Sketch of the medical history of the native army of Bombay, for the year
Year: 1876
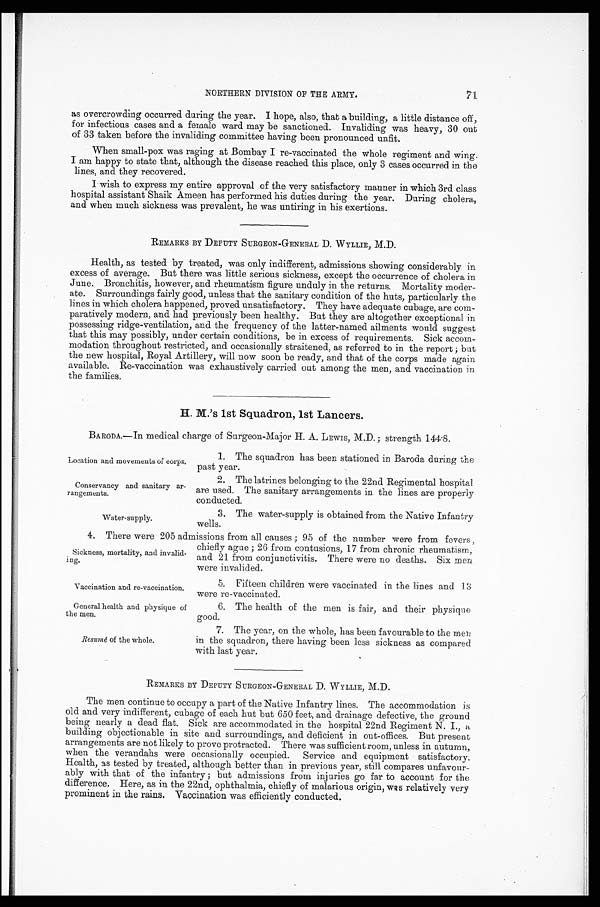
Location and movements of corps.
Conservancy and sanitary ar
-rangements.
Water-supply.
Vaccination and re-vaccination.
General health and physique of
the men.
Resumé of the whole.
71
NORTHERN DIVISION OF THE ARMY.
as overcrowding occurred during the year. I hope, also, that a building, a little distance off,
for infectious cases and a female ward may be sanctioned. Invaliding was heavy, 30 out
of 33 taken before the invaliding committee having been pronounced unfit.
When small-pox was raging at Bombay I re-vaccinated the whole regiment and wing.
I am happy to state that, although the disease reached this place, only 3 cases occurred in the
lines, and they recovered.
I wish to express my entire approval of the very satisfactory manner in which 3rd class
hospital assistant Shaik Ameen has performed his duties during the year. During cholera,
and when much sickness was prevalent, he was untiring in his exertions.
REMARKS BY DEPUTY SURGEON-GENERAL D. WYLLIE, M.D.
Health, as tested by treated, was only indifferent, admissions showing considerably in
excess of average. But there was little serious sickness, except the occurrence of cholera in
June. Bronchitis, however, and rheumatism figure unduly in the returns. Mortality moder
-ate. Surroundings fairly good, unless that the sanitary condition of the huts, particularly the
lines in which cholera happened, proved unsatisfactory. They have adequate cubage, are com
-paratively modern, and had previously been healthy. But they are altogether exceptional in
possessing ridge-ventilation, and the frequency of the latter-named ailments would suggest
that this may possibly, under certain conditions, be in excess of requirements. Sick accom
-modation throughout restricted, and occasionally straitened, as referred to in the report; but
the new hospital, Royal Artillery, will now soon be ready, and that of the corps made again
available. Re-vaccination was exhaustively carried out among the men, and vaccination in
the families.
H. M.'s 1st Squadron, 1st Lancers.
BARODA.—In medical charge of Surgeon-Major H. A. LEWIS, M.D.; strength 144.8.
1. The squadron has been stationed in Baroda during the
past year.
2. The latrines belonging to the 22nd Regimental hospital
are used. The sanitary arrangements in the lines are properly
conducted.
3. The water-supply is obtained from the Native Infantry
wells.
4. There were 205 admissions from all causes; 95 of the number were from fevers ,
chiefly ague; 26 from contusions, 17 from chronic rheumatism,
and 21 from conjunctivitis. There were no deaths. Six men
were invalided.
Sickness, mortality, and invalid
-ing.
5. Fifteen children were vaccinated in the lines and
13 were re-vaccinated.
6. The health of the men is fair, and their physique
good.
7. The year, on the whole, has been favourable to the men
in the squadron, there having been less sickness as compared
with last year.
REMARKS BY DEPUTY SURGEON-GENERAL D. WYLLIE, M.D.
The men continue to occupy a part of the Native Infantry lines. The accommodation is
old and very indifferent, cubage of each hut but 650 feet, and drainage defective, the ground
being nearly a dead flat. Sick are accommodated in the hospital 22nd Regiment N. I., a
building objectionable in site and surroundings, and deficient in out-offices. But present
arrangements are not likely to prove protracted. There was sufficient room, unless in autumn,
when the verandahs were occasionally occupied. Service and equipment satisfactory.
Health, as tested by treated, although better than in previous year, still compares unfavour
-ably with that of the infantry; but admissions from injuries go far to account for the
difference. Here, as in the 22nd, ophthalmia, chiefly of malarious origin, was relatively very
prominent in the rains. Vaccination was efficiently conducted.